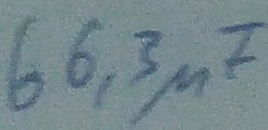
Text: 66,3µF